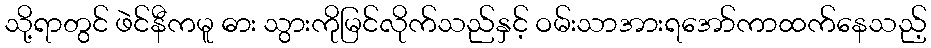
သို့ရာတွင် ဖဲင်နီကမူ ဓား သွားကိုမြင်လိုက်သည်နှင့် ဝမ်းသာအားရအော်ကာထက်နေသည့်